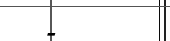
-